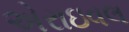
એરાઇવલ